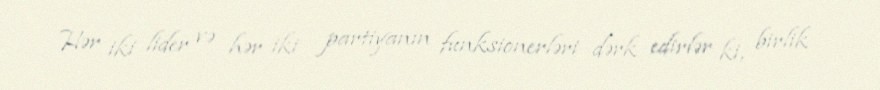
Hər iki lider və hər iki partiyanın funksionerləri dərk edirlər ki, birlik